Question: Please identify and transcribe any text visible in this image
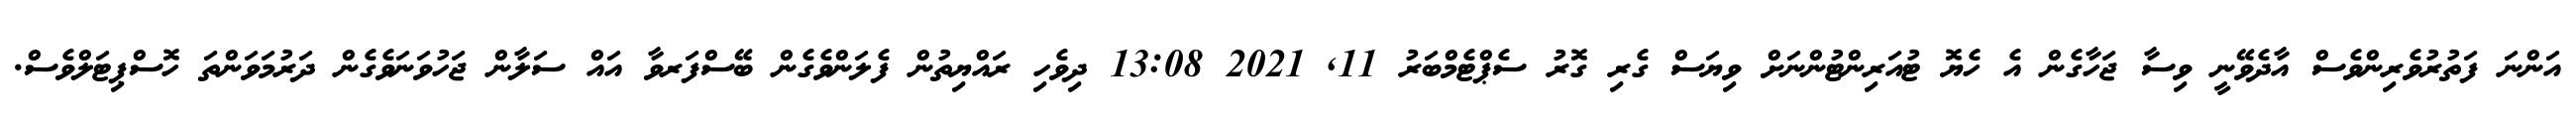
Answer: އަންނަ ފަތުރުވެރިންވެސް އާދެވޭނީ ވިސާ ޖަހާގެން އެ ހެޔޮ ޓުއަރިންޓުންނަށް ވިޔަސް ގެރި ގޮރު ސެޕްޓެމްބަރު 11, 2021 13:08 ދިވެހި ރައްޔިތުން ފެލަންވެގެން ބޭސްފަރވާ އައް ސަލާން ޖަހުވަނަވެގެން ދަރުމަވަންތަ ހޮސްޕިޓަލްވެސް.